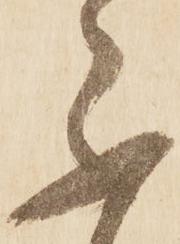
不